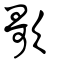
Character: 歌